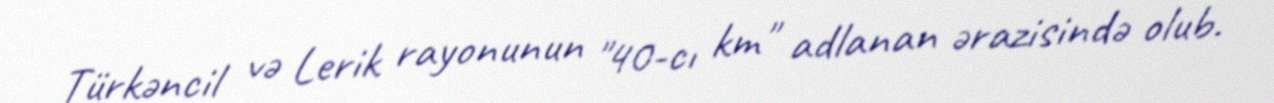
Türkəncil və Lerik rayonunun "40-cı km" adlanan ərazisində olub.